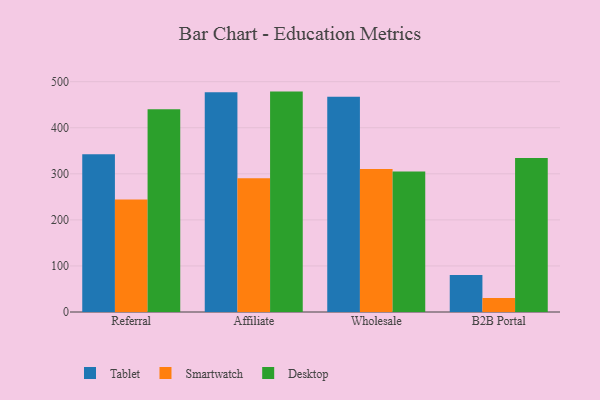
{"axis": {"x": "Channel", "y": "Satisfaction Score"}, "legend": ["Desktop", "Smartwatch", "Tablet"], "data": [{"x": "Referral", "y": 342.5, "type": "Tablet"}, {"x": "Referral", "y": 244.0, "type": "Smartwatch"}, {"x": "Referral", "y": 440.2, "type": "Desktop"}, {"x": "Affiliate", "y": 477.2, "type": "Tablet"}, {"x": "Affiliate", "y": 290.2, "type": "Smartwatch"}, {"x": "Affiliate", "y": 478.5, "type": "Desktop"}, {"x": "Wholesale", "y": 467.5, "type": "Tablet"}, {"x": "Wholesale", "y": 310.4, "type": "Smartwatch"}, {"x": "Wholesale", "y": 305.0, "type": "Desktop"}, {"x": "B2B Portal", "y": 80.3, "type": "Tablet"}, {"x": "B2B Portal", "y": 30.4, "type": "Smartwatch"}, {"x": "B2B Portal", "y": 334.1, "type": "Desktop"}]}